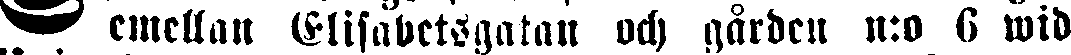
emellan Elisabetsgatan och gården n:o 6 wid